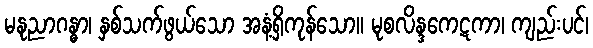
မနုညာဂန္ဓာ၊ နှစ်သက်ဖွယ်သော အနံ့ရှိကုန်သော။ မုစလိန္ဒကေဋကာ၊ ကျည်းပင်၊